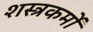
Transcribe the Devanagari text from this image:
शस्त्रकर्मों